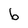
Character: b